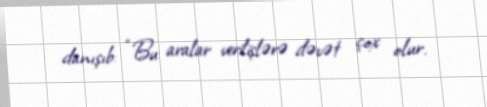
danışıb: “Bu aralar verilişlərə dəvət çox olur.